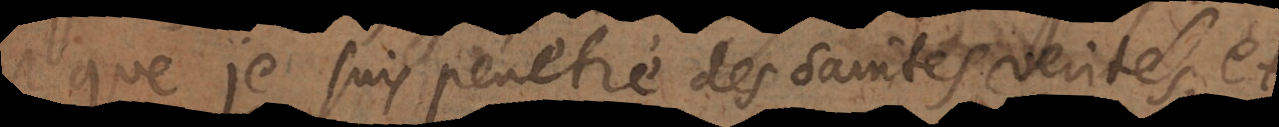
que je suis penetré des saintes verités, et